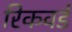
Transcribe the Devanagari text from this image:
रिकवर्ड